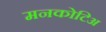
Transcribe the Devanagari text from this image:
मनकोटिअ